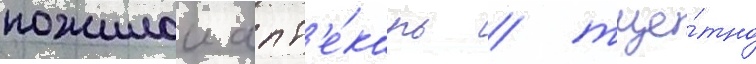
пожилои апт'е́карь / тще́тно